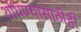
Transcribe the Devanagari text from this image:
शोधण्यासाठीही